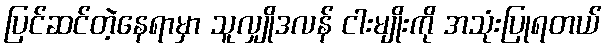
ပြင်ဆင်တဲ့နေရာမှာ သူလျှိုဒလန် ငါးမျိုးကို အသုံးပြုရတယ်